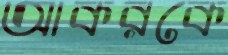
আকরকে